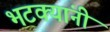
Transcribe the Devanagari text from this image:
भटक्यांनी